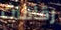
رقاقات